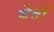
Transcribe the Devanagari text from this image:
बेर्ता